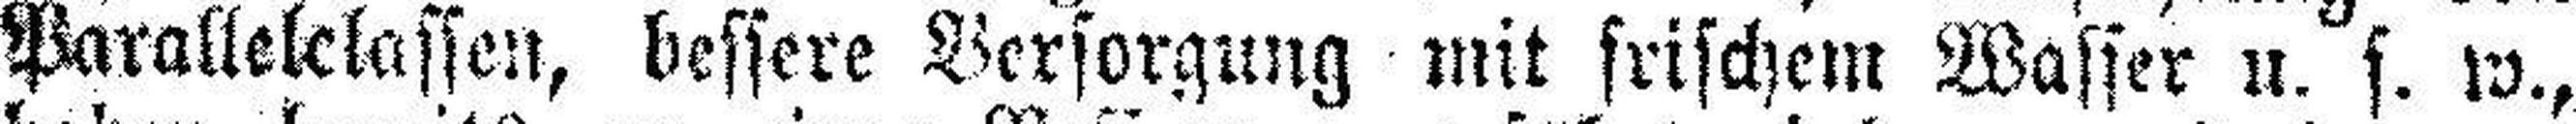
Parallelelassen, bessere Versorgung mit frischem Wasser u. s. w.,